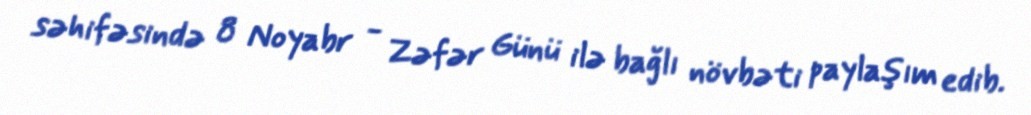
səhifəsində 8 Noyabr - Zəfər Günü ilə bağlı növbəti paylaşım edib.